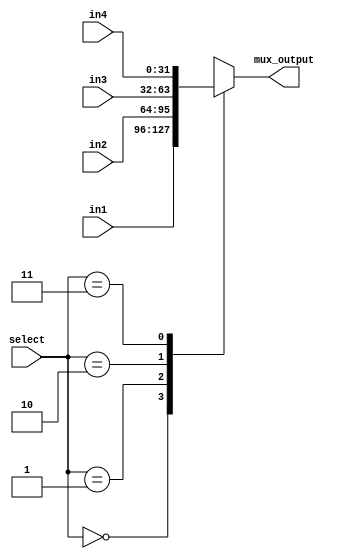
module MUX(
input [1:0] select,
input [31:0] in1, in2, in3, in4,
output reg [31:0] mux_output
    );
    
    
 always @ *
 
 case (select)   
    
  2'b00: mux_output = in1;   
  2'b01: mux_output = in2;  
  2'b10: mux_output = in3;  
  2'b11: mux_output = in4;  
  
  endcase  
    
    
endmodule